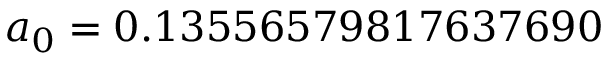
a _ { 0 } = 0 . 1 3 5 5 6 5 7 9 8 1 7 6 3 7 6 9 0